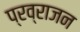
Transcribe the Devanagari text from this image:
प्रव्राजन